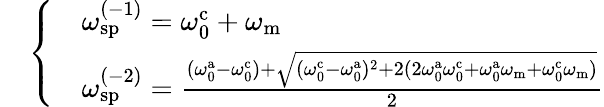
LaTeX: \begin{array}{rl}&{\left\{ \begin{array}{ll}&{\omega_{\mathrm{sp}}^{(-1)}=\omega_{\mathrm{0}}^{\mathrm{c}}+\omega_{\mathrm{m}}}\\ &{\omega_{\mathrm{sp}}^{(-2)}=\frac{(\omega_{\mathrm{0}}^{\mathrm{a}}-\omega_{\mathrm{0}}^{\mathrm{c}})+\sqrt{(\omega_{\mathrm{0}}^{\mathrm{c}}-\omega_{\mathrm{0}}^{\mathrm{a}})^{2}+2(2\omega_{\mathrm{0}}^{\mathrm{a}}\omega_{\mathrm{0}}^{\mathrm{c}}+\omega_{\mathrm{0}}^{\mathrm{a}}\omega_{\mathrm{m}}+\omega_{\mathrm{0}}^{\mathrm{c}}\omega_{\mathrm{m}})}}{2}}\end{array}\right.}\end{array}